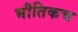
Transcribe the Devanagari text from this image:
भौतिकच